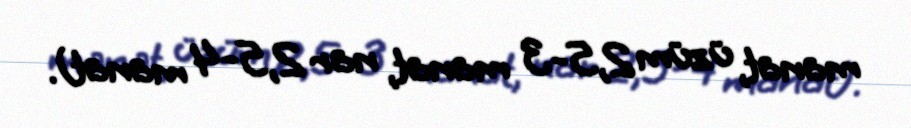
manat, üzüm 2,5-3 manat, nar 2,5-4 manat).